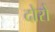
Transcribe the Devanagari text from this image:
दोरों